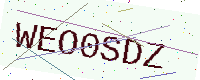
Text: WEO0SDZ